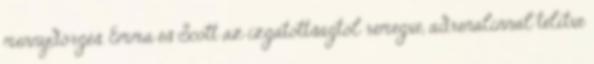
mennydörgés. Emma és Scott az izgatottságtól remegve, adrenalinnal telítve